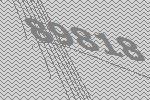
89818